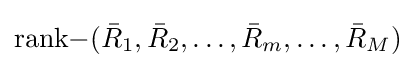
\mathrm {rank-} ({\bar {R}}_{1},{\bar {R}}_{2},\ldots ,{\bar {R}}_{m},\ldots ,{\bar {R}}_{M})